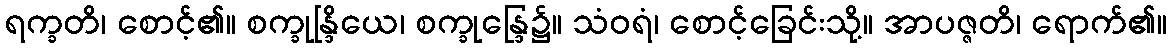
ရက္ခတိ၊ စောင့်၏။ စက္ခုန္ဒြိယေ၊ စက္ခုန္ဒြေ၌။ သံဝရံ၊ စောင့်ခြေင်းသို့။ အာပဇ္ဇတိ၊ ရောက်၏။